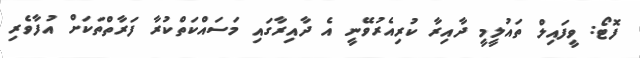
ފޮޓޯ: ވީފައިލް ތައުލީމީ ދާއިރާ ކުރިއެރުވޭނީ އެ ދާއިރާގައި މަސައްކަތްކުރާ ފަރާތްތަކަށް އުފާވެރި